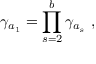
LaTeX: \gamma _ { a _ { 1 } } = \prod _ { s = 2 } ^ { b } \gamma _ { a _ { s } } ~ ,